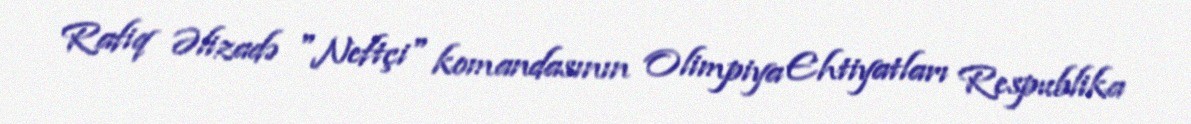
Rafiq Əlizadə "Neftçi" komandasının Olimpiya Ehtiyatları Respublika